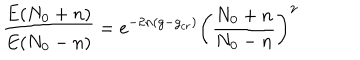
{ \frac { E ( N _ { 0 } + n ) } { E ( N _ { 0 } - n ) } } = e ^ { - 2 n ( g - g _ { c r } ) } \left( { \frac { N _ { 0 } + n } { N _ { 0 } - n } } \right) ^ { \gamma }